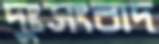
দুঃসংবাদ